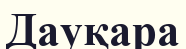
Дауқара